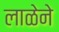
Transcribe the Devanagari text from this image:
लाळेने